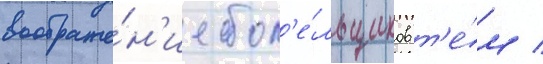
воображе́н'ие бол'е́льщиков т'е́м /